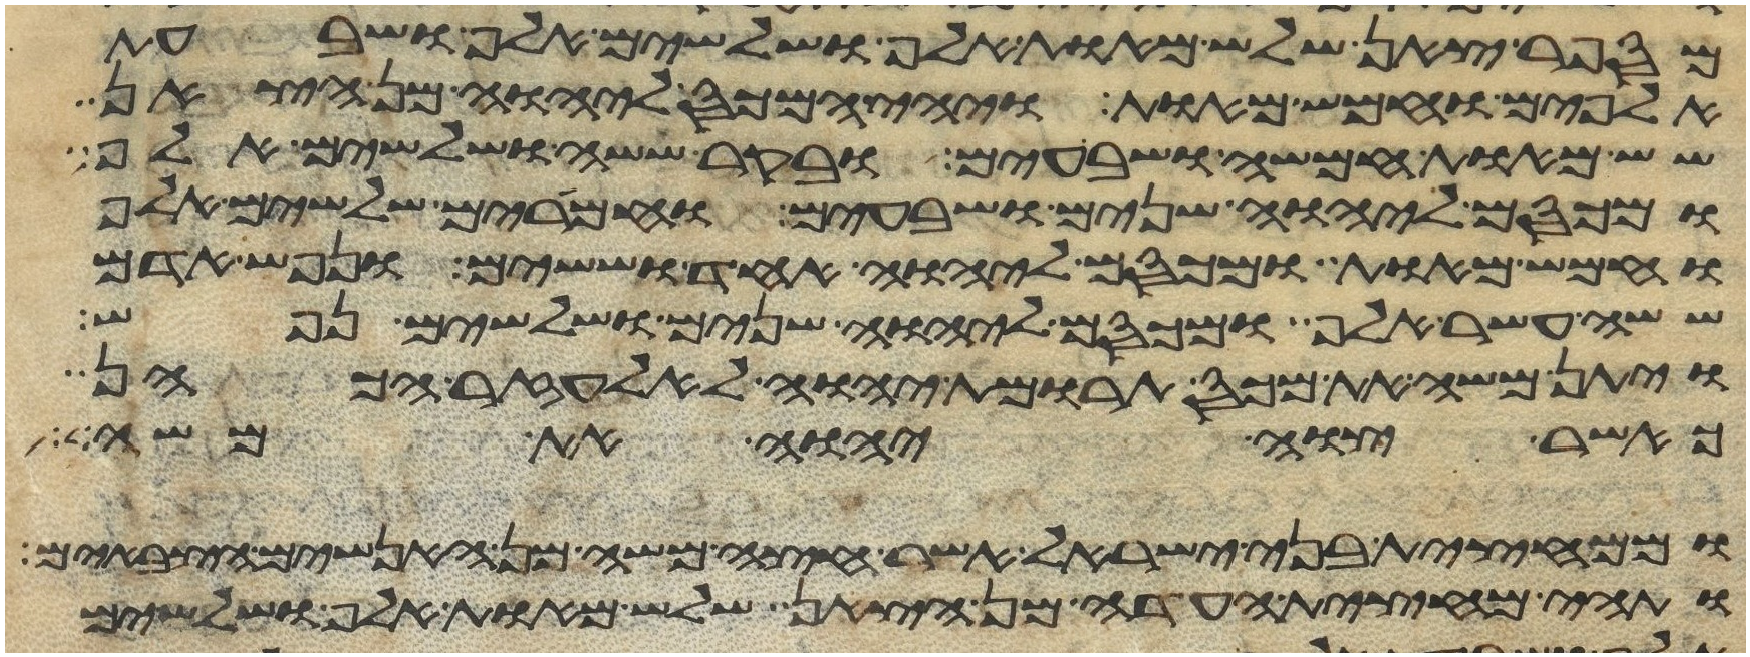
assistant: מספר צאן שלש מאות אלף ושלשים אלף ושבעת
אלפים וחמש מאות ויהי המכס ליהוה מן הצאן
שש מאות חמשה ושבעים ובקר ששה ושלשים אלף
ומכסם ליהוה שנים ושבעים וחמרים שלשים אלף
וחמש מאות ומכסם ליהוה אחד וששים ונפש אדם
ששה עשר אלף ומכסם ליהוה שנים ושלשים נפש
ויתן משה את מכס תרומת יהוה לאלעזר הכהן
כאשר צוה יהוה את משה
וממחצית בני ישראל אשר חצה משה מן האנשים הצבאים
ותהי מחצית העדה מן הצאן שלש מאות אלף ושלשים